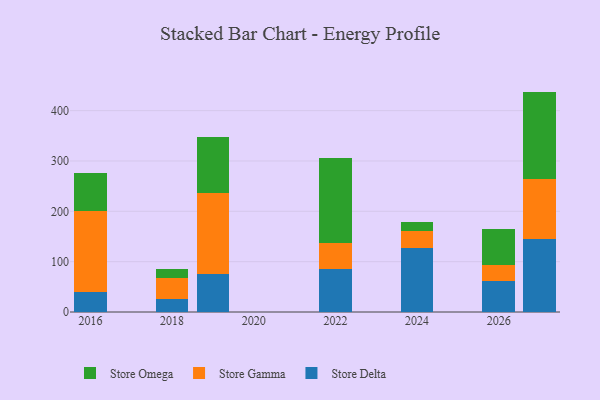
{"axis": {"x": "Year", "y": "Latency (ms)"}, "legend": ["Store Delta", "Store Gamma", "Store Omega"], "data": [{"x": "2027", "y": 145.3, "type": "Store Delta"}, {"x": "2027", "y": 119.5, "type": "Store Gamma"}, {"x": "2027", "y": 173.0, "type": "Store Omega"}, {"x": "2024", "y": 127.0, "type": "Store Delta"}, {"x": "2024", "y": 34.1, "type": "Store Gamma"}, {"x": "2024", "y": 17.8, "type": "Store Omega"}, {"x": "2018", "y": 24.9, "type": "Store Delta"}, {"x": "2018", "y": 42.9, "type": "Store Gamma"}, {"x": "2018", "y": 18.5, "type": "Store Omega"}, {"x": "2019", "y": 76.1, "type": "Store Delta"}, {"x": "2019", "y": 161.2, "type": "Store Gamma"}, {"x": "2019", "y": 110.1, "type": "Store Omega"}, {"x": "2022", "y": 85.0, "type": "Store Delta"}, {"x": "2022", "y": 52.5, "type": "Store Gamma"}, {"x": "2022", "y": 169.0, "type": "Store Omega"}, {"x": "2026", "y": 61.9, "type": "Store Delta"}, {"x": "2026", "y": 32.3, "type": "Store Gamma"}, {"x": "2026", "y": 71.0, "type": "Store Omega"}, {"x": "2016", "y": 39.1, "type": "Store Delta"}, {"x": "2016", "y": 161.4, "type": "Store Gamma"}, {"x": "2016", "y": 74.8, "type": "Store Omega"}]}